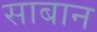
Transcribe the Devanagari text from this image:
साबान